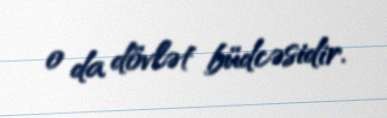
o da dövlət büdcəsidir.